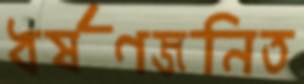
ধর্ষণজনিত